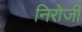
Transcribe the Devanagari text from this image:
निरोजी